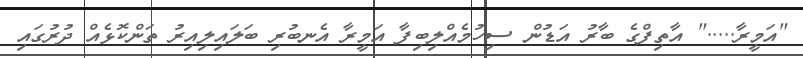
"އަމީރާ....." އާތިފްގެ ބާރު އަޑުން ސިހުމެއްލިބިފާ އަމީރާ އެނބުރި ބަލައިލިއިރު ތަންކޮޅެއް ދުރުގައި